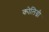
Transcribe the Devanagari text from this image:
कोलिग्नी